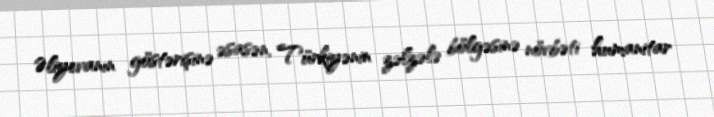
Əliyevanın göstərişinə əsasən, Türkiyənin zəlzələ bölgəsinə növbəti humanitar